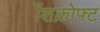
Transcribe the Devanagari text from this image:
ॲशक्रोफ्ट